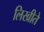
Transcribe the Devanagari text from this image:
लिखीते